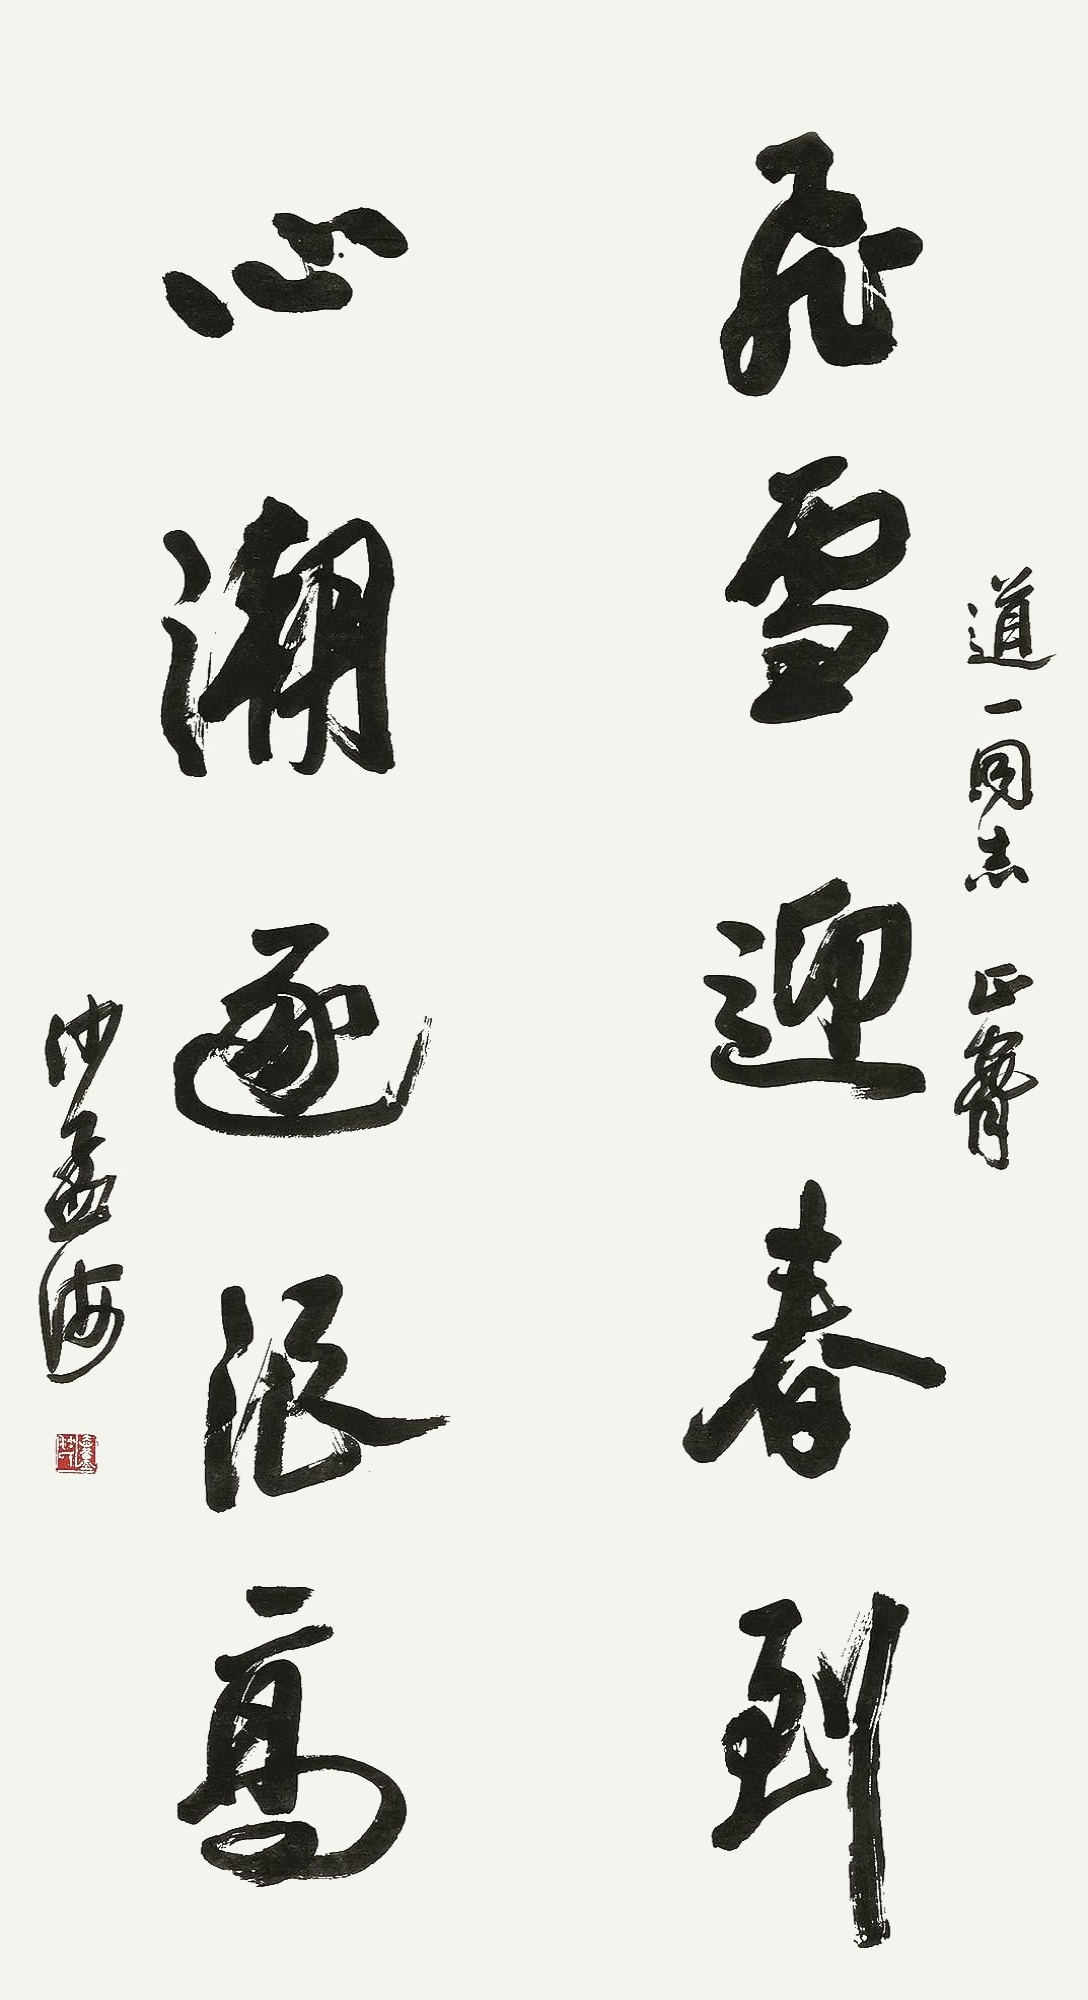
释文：飞雪迎春到，心潮逐浪高。道一同志正腕，沙孟海。